system: You are a helpful assistant.
user:
Analyze the provided spectrum to determine if it is a **S-type Star**.

- **Key Indicators for S-type Star:**

    - **(Overall Spectrum Shape):** The first and most obvious characteristic is the overall continuum (the "baseline" shape). It is **extremely "red-sloping,"** meaning the flux (light intensity) is very low on the left side (blue, ~4000-4500 Å) and rises steeply and continuously toward the right side (red, ~7000 Å+).

    - **(Primary):** The spectrum is defined by the presence of strong, broad molecular absorption "valleys" (bands) from **Zirconium Oxide (ZrO)**. The identification of these bands is the **primary requirement** for classifying a star as S-type.
        - **(Key Bandheads):** You must find distinct, deep "dips" where the light has been absorbed. The most critical band systems to locate are:
            - **~6474 Å** ($\gamma$-system): This is often the strongest and clearest ZrO feature, found in the red part of the spectrum.
            - **~5718 Å** & **~5551 Å** ($\beta$-system): A pair of prominent absorption features in the yellow-orange part of the spectrum.
            - **~4640 Å** ($\alpha$-system): A key absorption band system in the blue-green region of the spectrum.

    - **(Secondary Confirmation):** The classification is strengthened by finding additional absorption bands from other related heavy element oxides, which are expected to be present alongside ZrO.
        - **(Key Bandheads):**
            - **Yttrium Oxide (YO):** Look for absorption dips near **~4800 Å** and **~6100 Å**.
            - **Lanthanum Oxide (LaO):** Additional absorption features, particularly in the red-orange part of the spectrum, are also characteristic.

    - **(Line Profile):** The combination of the steep red continuum and these numerous, deep molecular bands (ZrO, YO, etc.) gives the entire spectrum a very **"chopped-up"** or **"bumpy"** appearance. Instead of a smooth curve, the spectrum looks as though large, wide chunks of light have been "carved out" of it at the specific wavelengths listed above.

Think first, call **spectral_visualization_tool** if needed to examine features in detail, then provide your final answer. Your response must adhere to the following strict rules:
1.  **Overall Structure:** Your response must follow the format `<think>...</think> <tool_call>...</tool_call> (if a tool is used) <answer>...</answer>`.
2.  **Tool Usage Constraint:** You may only make **one** tool call per turn.
3.  **Final Answer Format:** In the `<answer>` tag, your conclusion must be inside a `\boxed{}` command (e.g., `\boxed{YES}` or `\boxed{NO}`), followed by your justification.

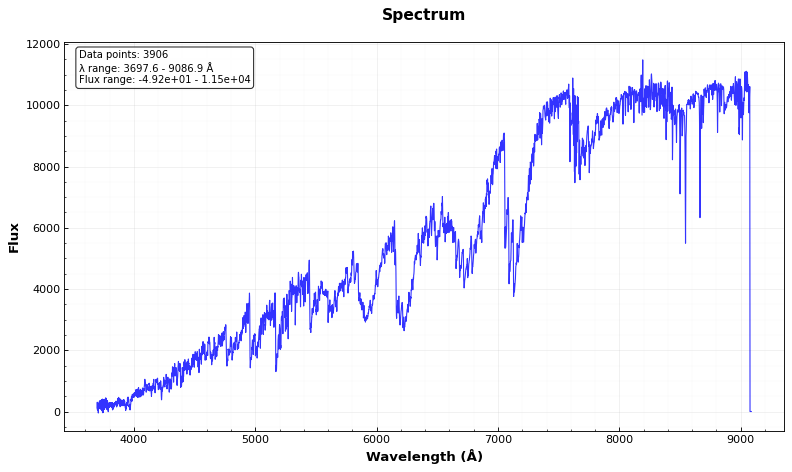
Answer: YES